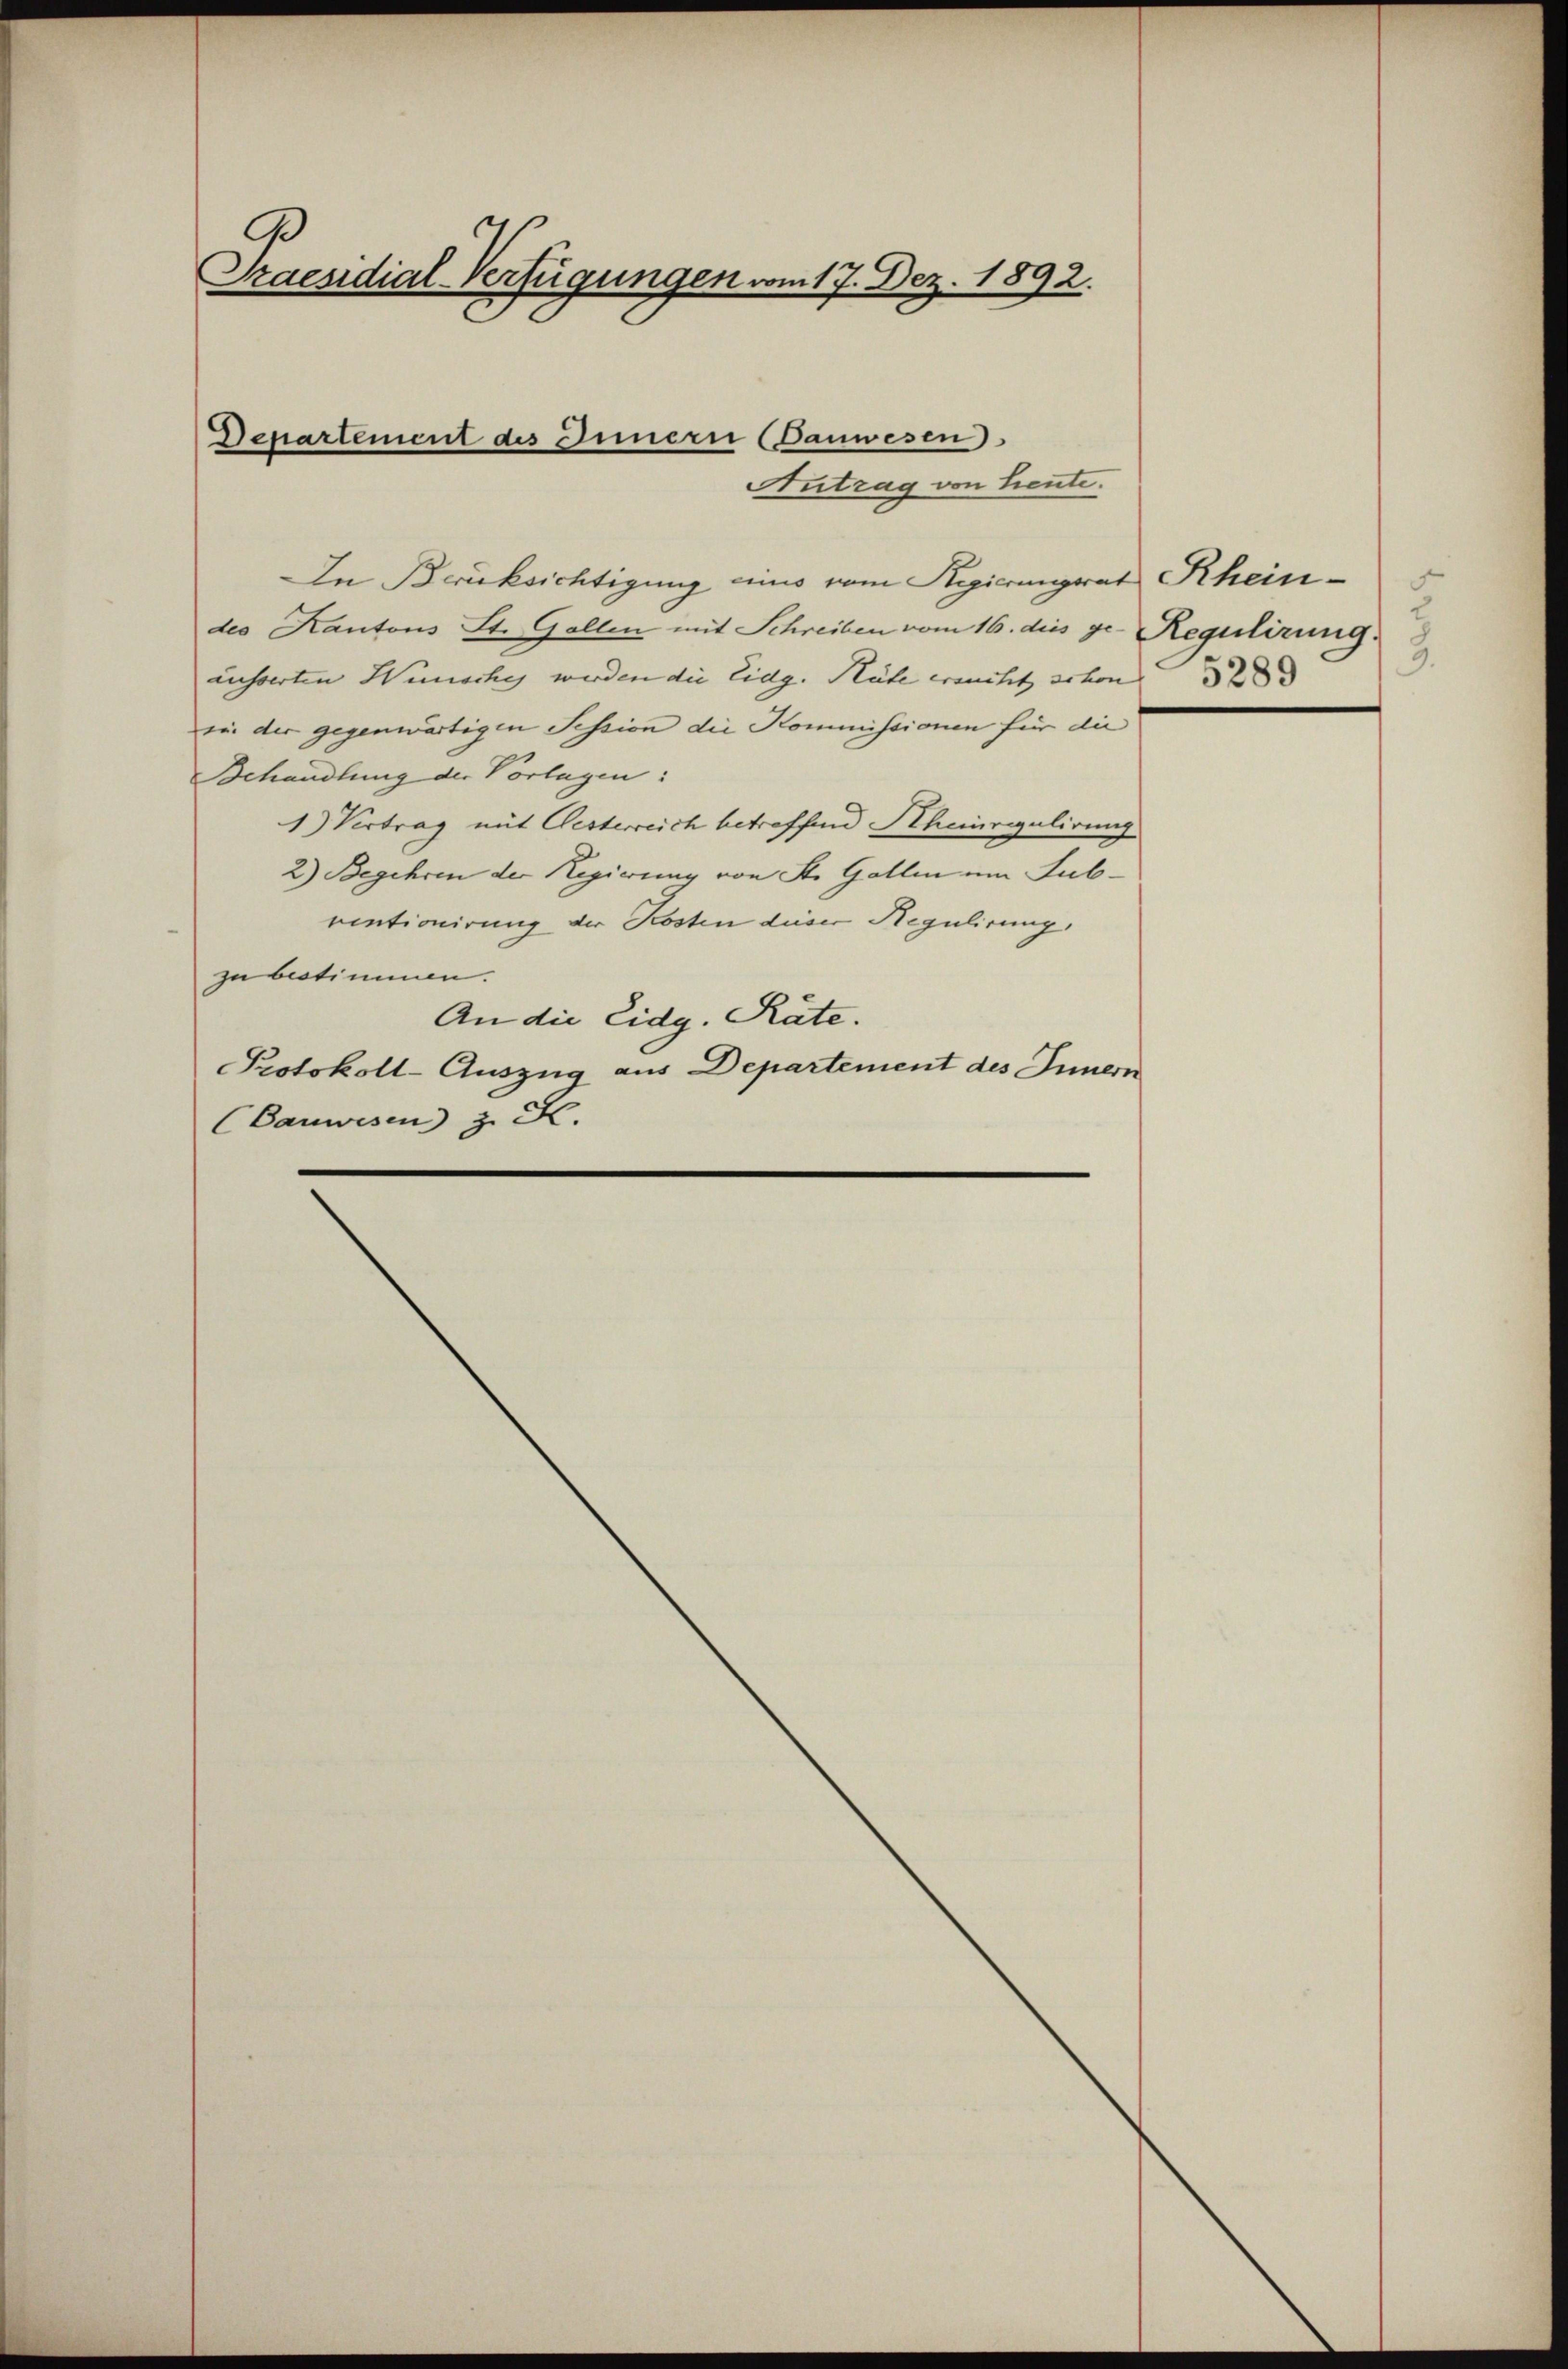
3
Praesidial-Verfügungen vom 17. Dez. 1892.

Departement des Innern (Banwesen
Antrag von heute.

In Brücksichtigung eins vom Regierungrat Rheindes Kantons St. Gallen mit Schreiben vom 16. dies ge- Regulirung.
äusserten Wünsches werden die Eidg. Räte ersucht schon             233 |
oin der gegenwärtigen Session die Kommissionen für die
Behandlung der Vorlagen:
1.) Vertrag mit Oesterreich betreffend Schenregulirung
2) Begehren der Regierung von St. Gallein um Subventionirung der Kosten dieser Regulirung,
zu bestimmen.
An die Eidg. Räte.
Protokoll-Auszug aus Departement des Innern
CCanwesen z. S.

2
3.